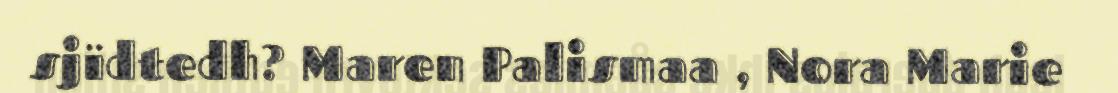
sjïdtedh? Maren Palismaa , Nora Marie